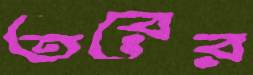
তরের